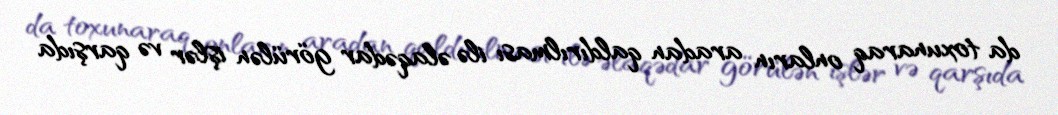
da toxunaraq onların aradan qaldırılması ilə əlaqədar görülən işlər və qarşıda